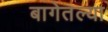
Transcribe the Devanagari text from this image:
बागेतल्या